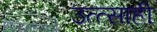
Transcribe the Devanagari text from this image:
उत्त्साही